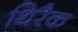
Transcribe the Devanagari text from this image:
थिरैक